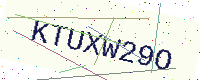
Text: KTUXW29O